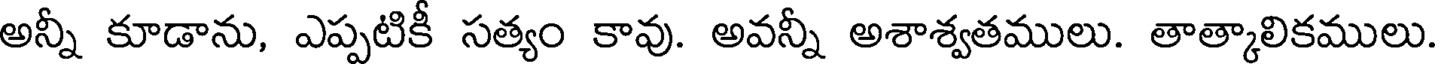
అన్నీ కూడాను, ఎప్పటికీ సత్యం కావు. అవన్నీ అశాశ్వతములు. తాత్కాలికములు